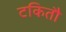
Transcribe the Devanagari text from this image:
टकितौ